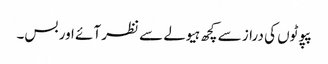
پپوٹوں کی دراز سے کچھ ہیولے سے نظر آئے اور بس۔